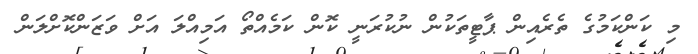
މި ކަންކަމުގެ ތެރެއިން ޕާޓީތަކުން ނުކުރަނީ ކޮން ކަމެއްތޯ އަމިއްލަ އަށް ވަޒަންކޮށްލަން